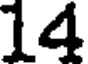
14